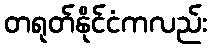
တရုတ်နိုင်ငံကလည်း